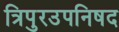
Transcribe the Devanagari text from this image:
त्रिपुरउपनिषद